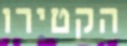
הקטירו